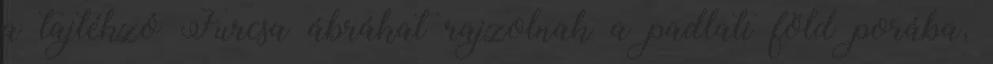
a tajtékzó Furcsa ábrákat rajzolnak a padlati föld porába,